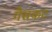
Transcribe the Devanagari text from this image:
गैसकट